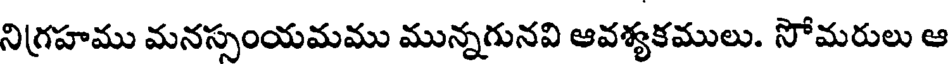
నిగ్రహము మనసంయమము మున్నగునవి ఆవశ్యకములు. సోమరులు ఆ